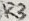
Text: R3